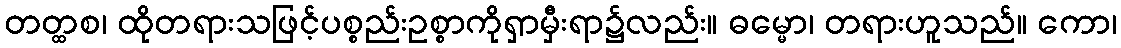
တတ္ထစ၊ ထိုတရားသဖြင့်ပစ္စည်းဥစ္စာကိုရှာမှီးရာ၌လည်း။ ဓမ္မော၊ တရားဟူသည်။ ကော၊